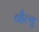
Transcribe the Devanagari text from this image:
व्हैल्यु